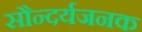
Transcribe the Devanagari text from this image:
सौन्दर्यजनक